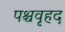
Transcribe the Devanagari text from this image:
पश्चवृहद